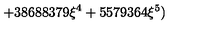
\displaystyle + 3 8 6 8 8 3 7 9 \xi ^ { 4 } + 5 5 7 9 3 6 4 \xi ^ { 5 } )